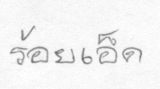
ร้อยเอ็ด